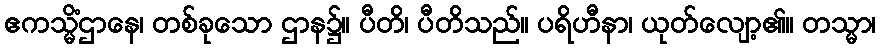
ဧကသ္မိံဌာနေ၊ တစ်ခုသော ဌာန၌။ ပီတိ၊ ပီတိသည်။ ပရိဟီနာ၊ ယုတ်လျော့၏။ တသ္မာ၊